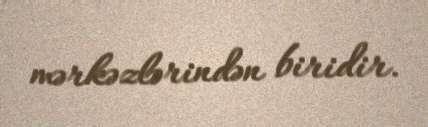
mərkəzlərindən biridir.